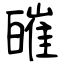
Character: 皠